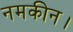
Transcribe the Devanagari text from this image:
नमकीन।